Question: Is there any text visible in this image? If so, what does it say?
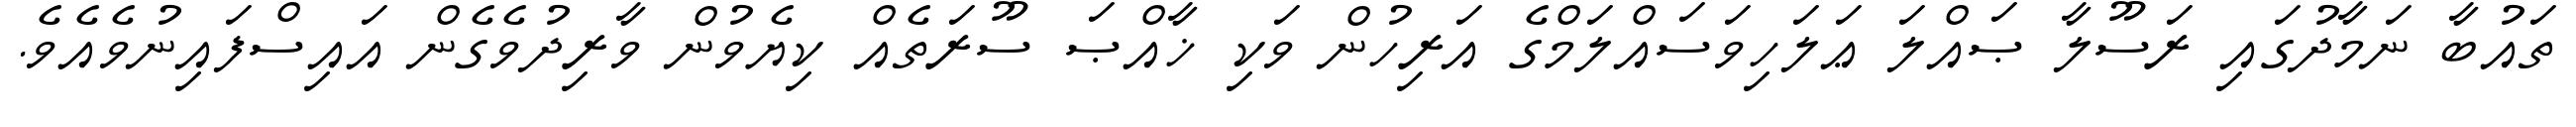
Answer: ތައުބާ ނަމާދުގައި ރަސޫލާ ޞައްލަ ޢަލަހިވަސައްލަމްގެ އަރިހުން ވަކި ޚާއްޞަ ސޫރަތެއް ކިޔެވުން ވާރިދުވެގެން އައިސްފައިނުވެއެވެ.